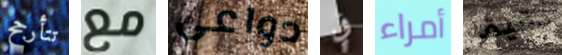
تتأرجح مع دواعى في أمراء دقيقه